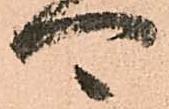
可